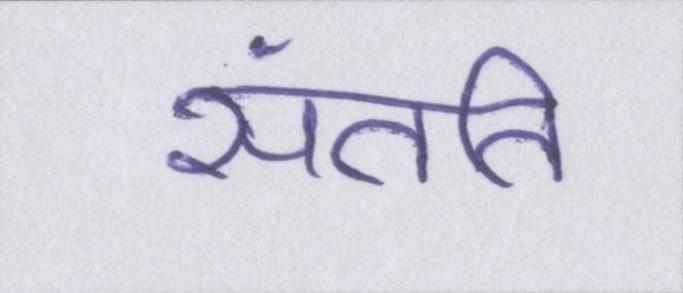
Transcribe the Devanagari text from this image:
संतति